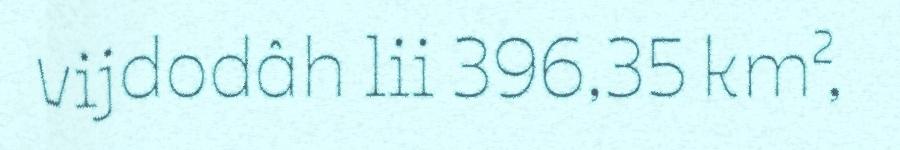
vijdodâh lii 396,35 km²,